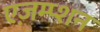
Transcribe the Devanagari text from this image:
एज़म्प्शन